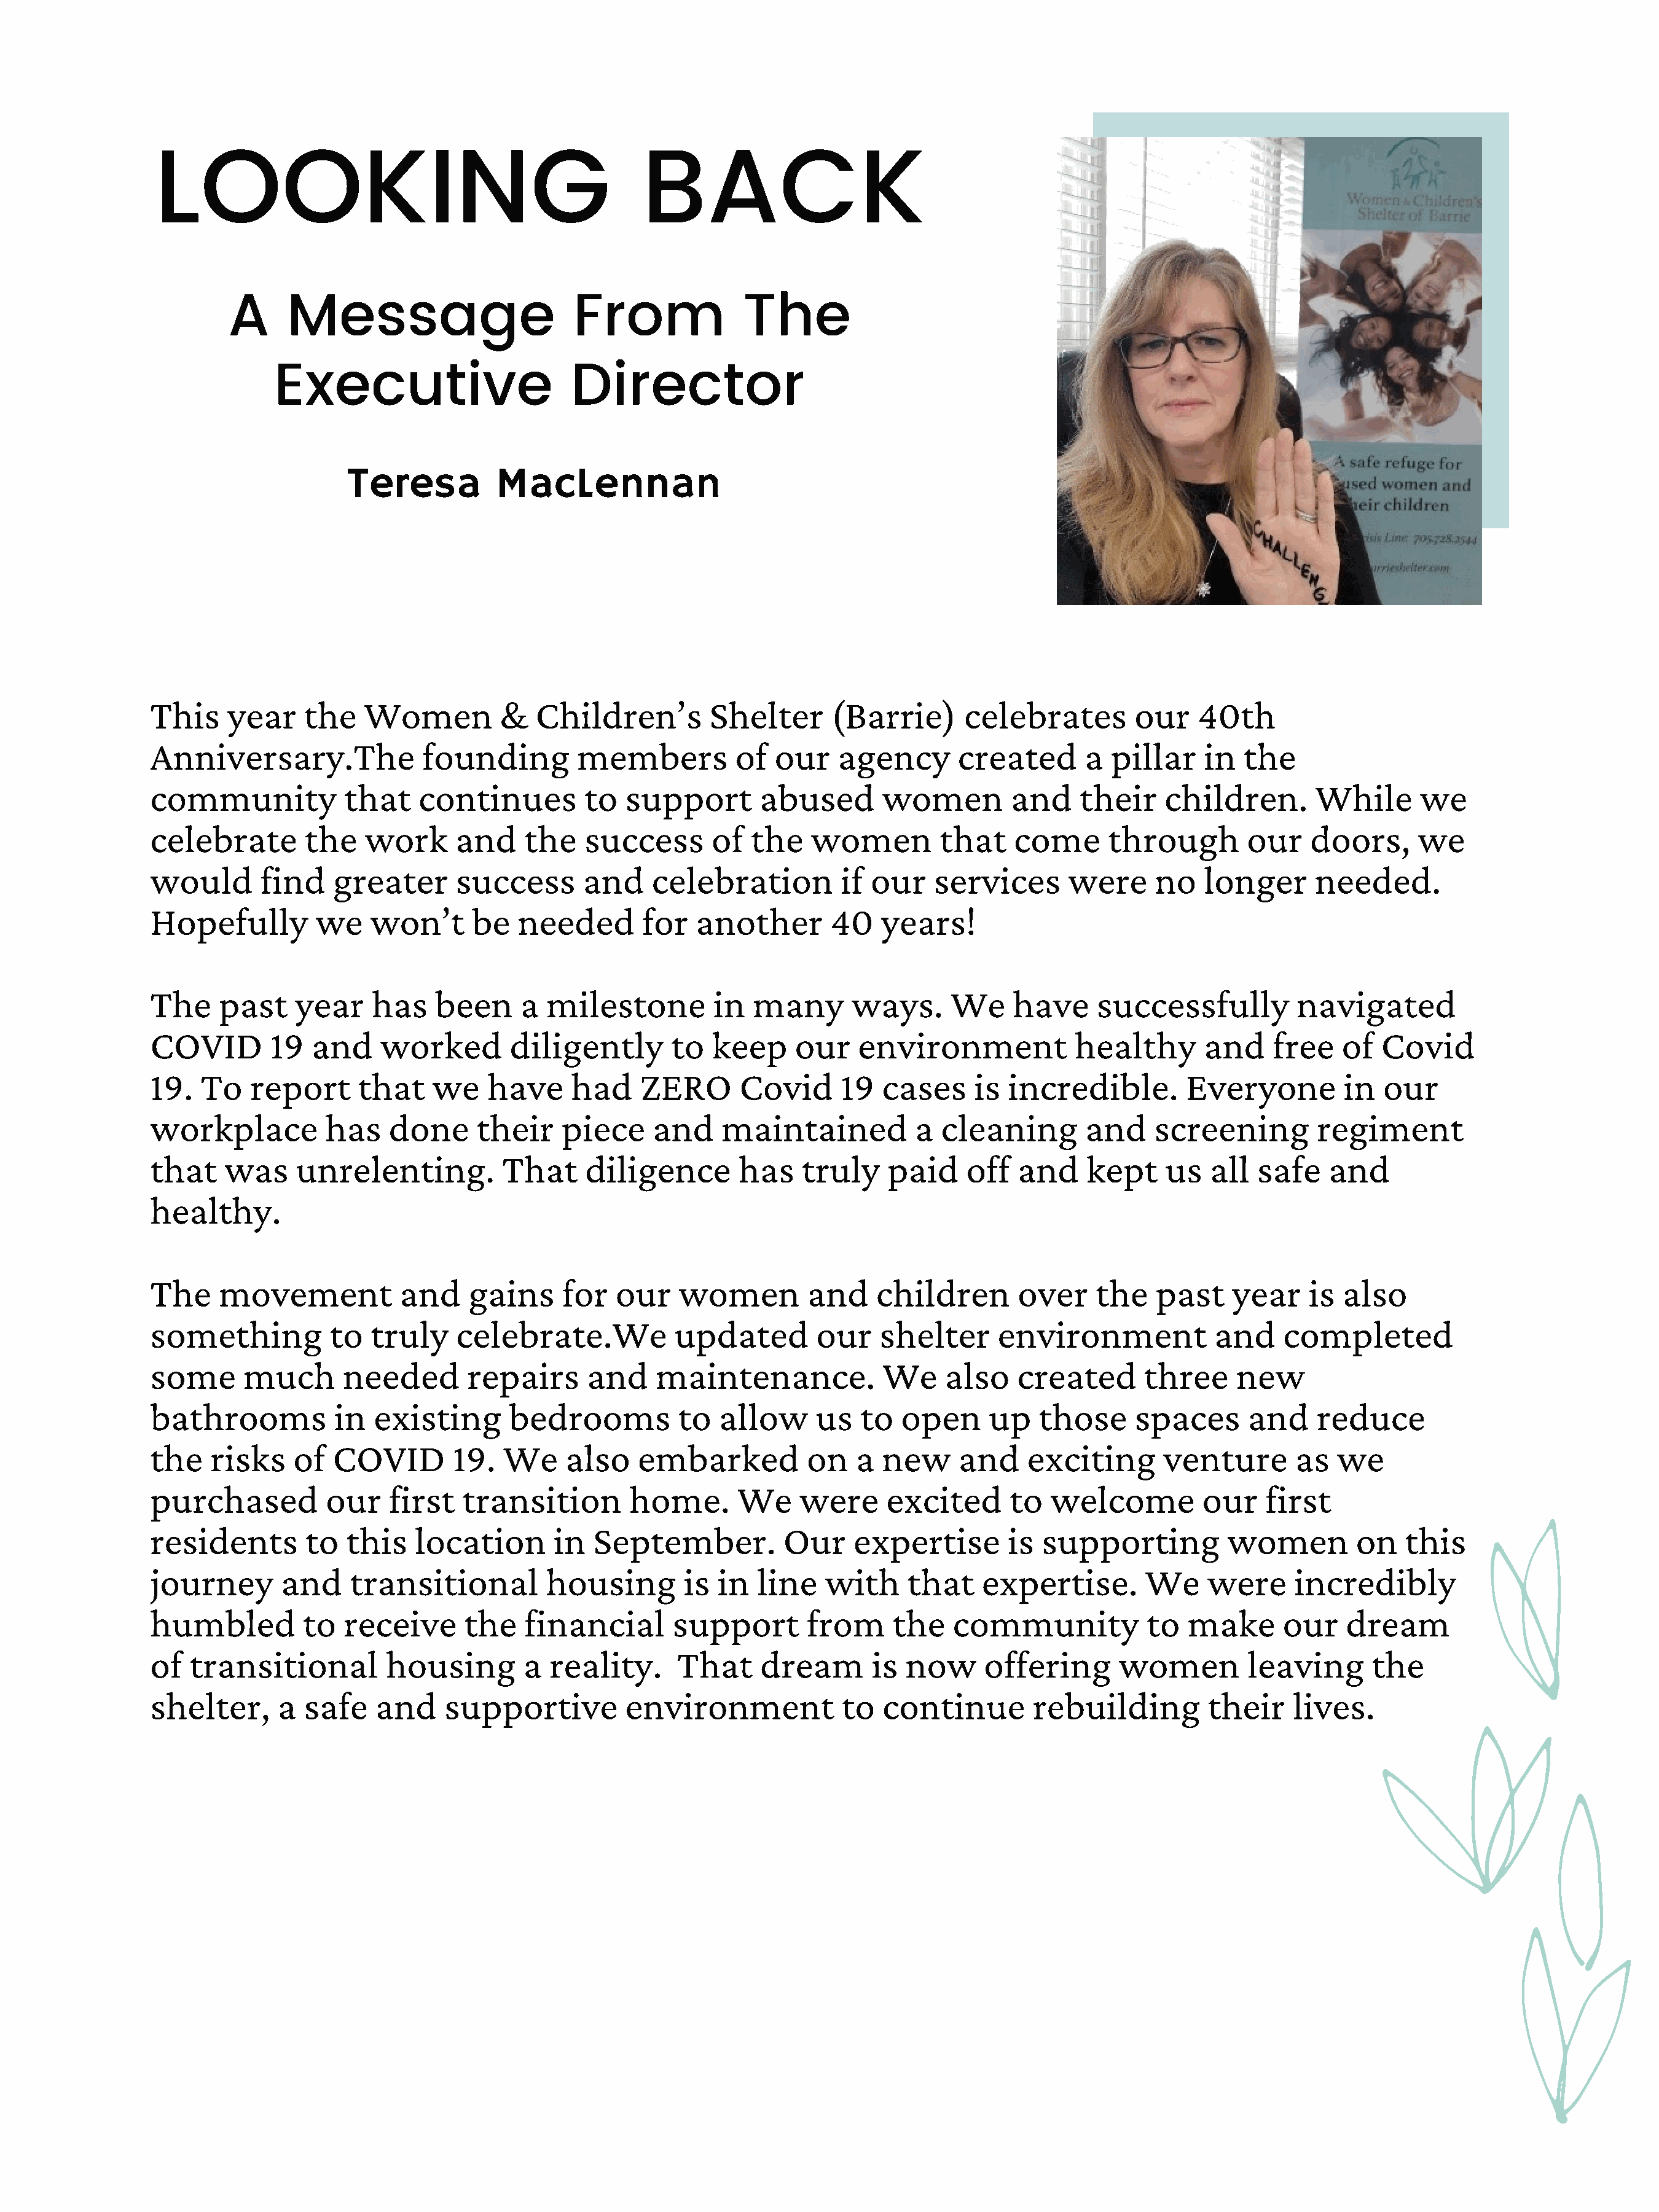
LOOKING                                             BACK
 A     Message                        From              The
 Executive                      Director
 Teresa          MacLennan
 This     year    the   Women          &   Children’s        Shelter       (Barrie)      celebrates        our    40th
 Anniversary.The              founding         members          of  our    agency       created       a  pillar    in  the
 community            that    continues         to  support        abused       women         and    their    children.        While      we
 celebrate        the   work      and    the    success       of  the   women         that    come      through        our    doors,      we
 would       find    greater      success       and    celebration          if our    services      were     no    longer      needed.
 Hopefully         we    won’t      be   needed       for   another       40    years!
 The     past    year    has    been     a  milestone         in  many       ways.     We     have     successfully          navigated
 COVID        19   and    worked        diligently       to   keep     our   environment             healthy       and    free    of  Covid
 19.   To   report      that    we   have      had    ZERO       Covid      19  cases     is  incredible.        Everyone         in  our
 workplace          has    done     their     piece    and     maintained           a cleaning        and    screening         regiment
 that    was     unrelenting.          That     diligence        has   truly     paid    off   and    kept     us  all  safe    and
 healthy.
 The     movement           and    gains      for  our    women         and    children        over    the    past    year    is  also
 something           to  truly    celebrate.We            updated        our    shelter      environment            and    completed
 some      much       needed       repairs      and     maintenance.            We     also    created      three     new
 bathrooms           in  existing       bedrooms          to  allow      us   to  open      up   those     spaces      and     reduce
 the    risks    of  COVID        19.  We     also    embarked          on   a  new     and     exciting      venture        as  we
 purchased          our    first   transition        home.      We     were     excited       to  welcome          our   first
 residents        to  this    location       in  September.          Our     expertise        is supporting          women         on   this
 journey       and     transitional         housing        is in   line   with     that    expertise.       We     were     incredibly
 humbled          to  receive      the   financial       support        from     the    community            to  make      our    dream
 of  transitional          housing       a  reality.      That     dream       is  now     offering       women        leaving       the
 shelter,      a  safe   and     supportive         environment             to  continue        rebuilding         their    lives.